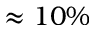
\approx 1 0 \%